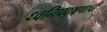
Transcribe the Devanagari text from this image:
ध्वनिप्रदूषणाची